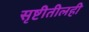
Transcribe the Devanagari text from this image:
सृष्टीतीलही